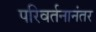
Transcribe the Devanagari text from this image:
परिवर्तनानंतर